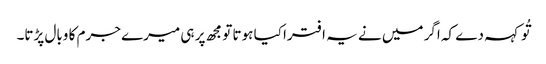
تُو کہہ دے کہ اگر میں نے یہ افترا کیا ہوتا تو مجھ پر ہی میرے جرم کا وبال پڑتا۔